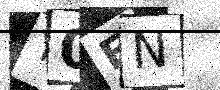
Text: Y0FN